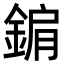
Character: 𨨔